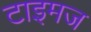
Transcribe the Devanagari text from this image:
टाइमज